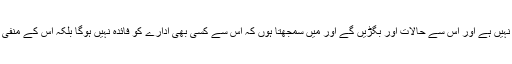
جنگ اور جیو کی بندش کوئی آپشن نہیں ہے اور اس سے حالات اور بگڑیں گے اور میں سمجھتا ہوں کہ اس سے کسی بھی ادارے کو فائدہ نہیں ہوگا بلکہ اس کے منفی اثرات پورے معاشرے پر ہوں گے۔